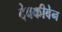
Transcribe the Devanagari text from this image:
देवकीबेन